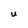
Character: u